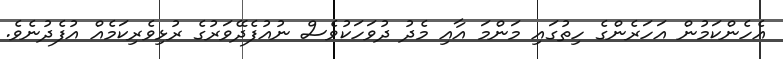
އެހެންކަމުން އަހަރެންގެ ހިތުގައި މަންމަ އާއި މެދު ދުވަހަކުވެސް ނުއުފެދޭވަރުގެ ރުޅިވެރިކަމެއް އުފެދުނެވެ.